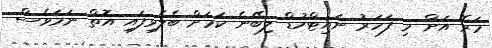
މަރޭ އަށް މި ފަހަރު ނައިޓްހުޑް ލިބޭނެ ކަމަށް ބެލެވިފައި އޮތް ނަމަވެސް